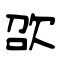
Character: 欩